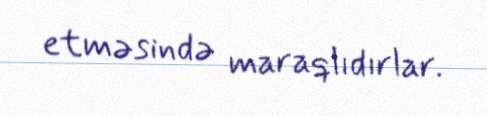
etməsində maraqlıdırlar.